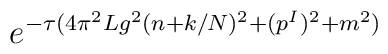
e^{-\tau (4\pi^2Lg^2(n+k/N)^2+(p^I)^2+m^2)}